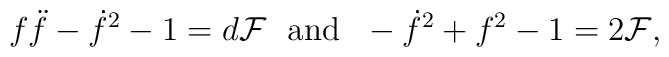
f\ddot{f}-\dot{f}^2-1=d{\cal F} ~~\mbox{and}~~-\dot{f}^2+f^2-1=2{\cal F},